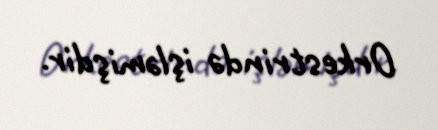
Orkestrində işləmişdir.